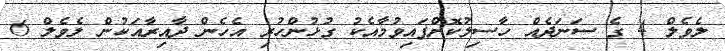
ލެވެލް 4 ގެ ސަނަދެއް ހާސިލުކޮށްފައިވުމާއެކު ގުޅުންހުރި އެހެން ދާއިރާއަކުން ލެވެލް 6